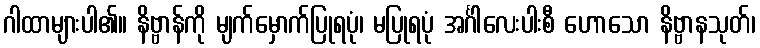
ဂါထာများပါ၏။ နိဗ္ဗာန်ကို မျက်မှောက်ပြုရပုံ၊ မပြုရပုံ အင်္ဂါလေးပါးစီ ဟောသော နိဗ္ဗာနသုတ်၊